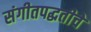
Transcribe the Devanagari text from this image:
संगीतपद्धतीचे